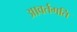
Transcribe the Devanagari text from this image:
आवर्तगति